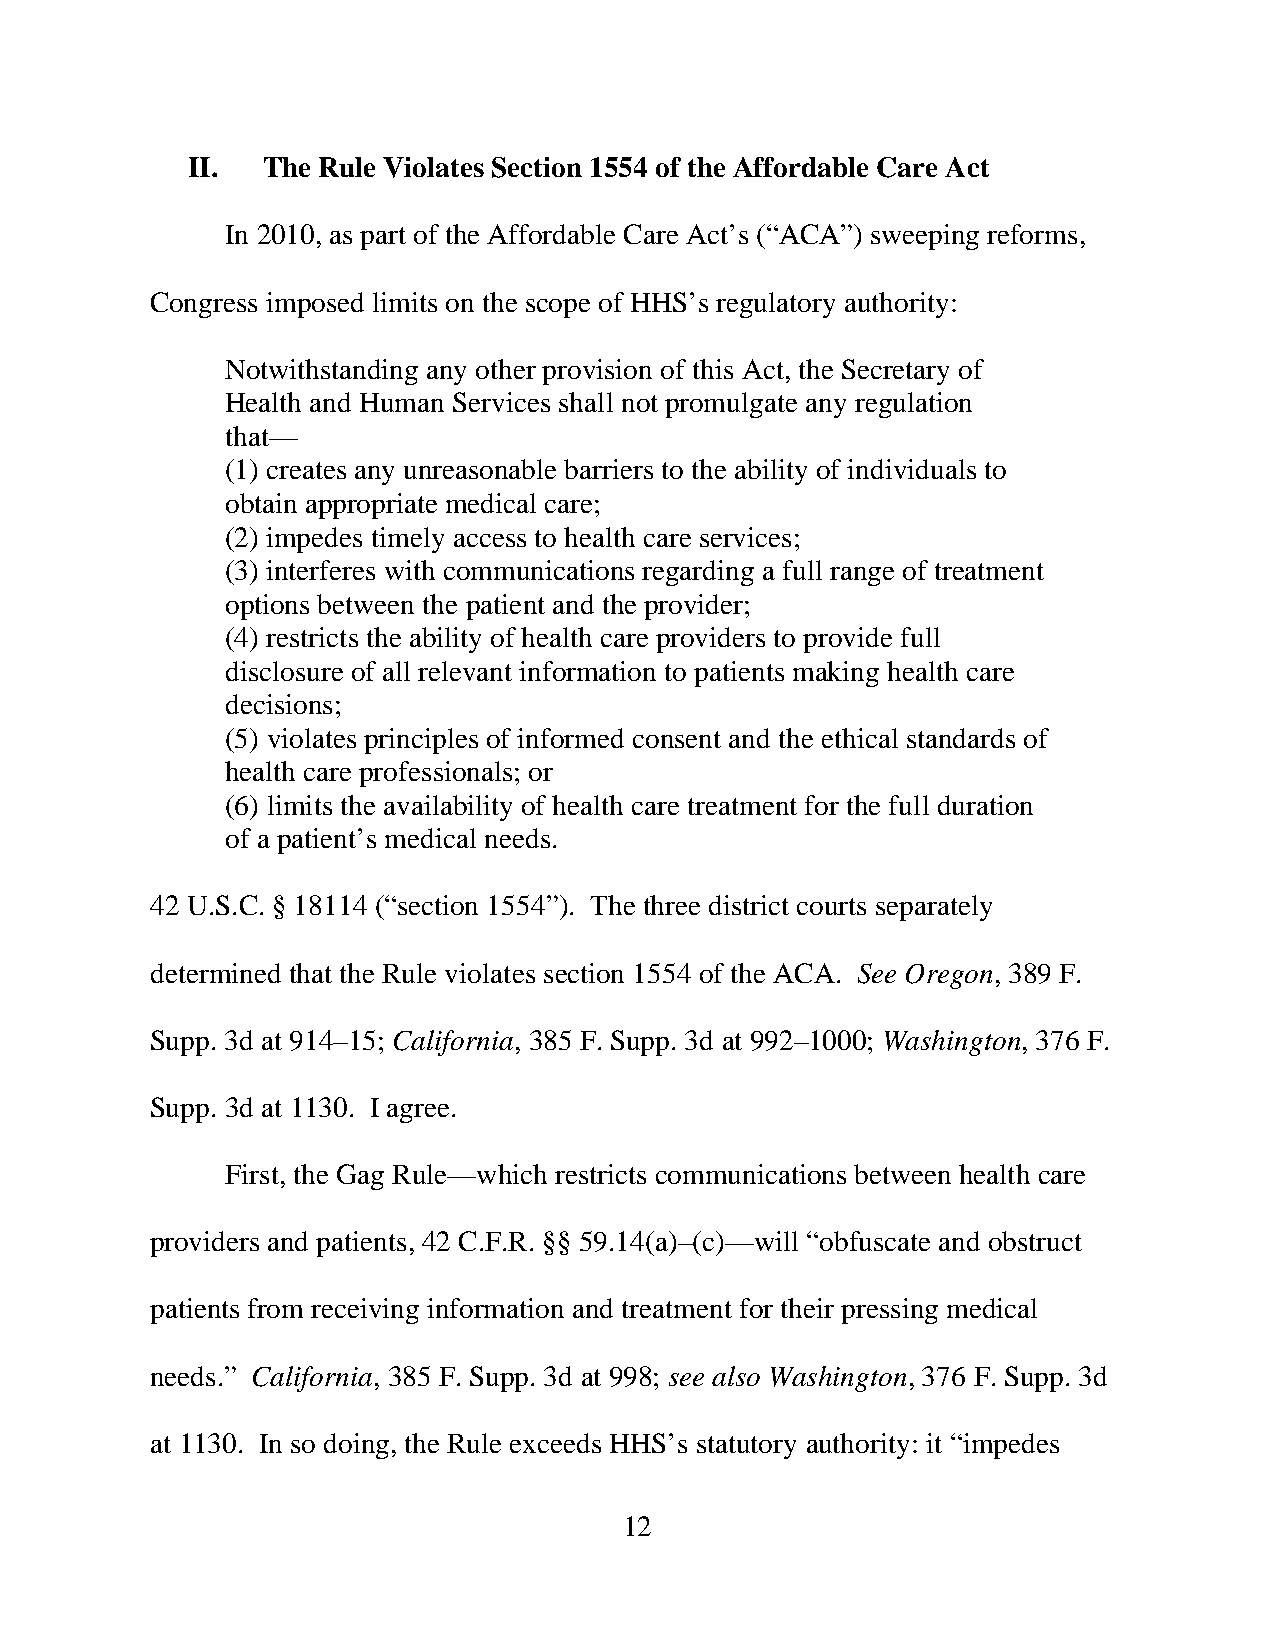
II.  The Rule Violates Section 1554 of the Affordable Care Act
 In 2010, as part of the Affordable Care Act’s (“ACA”) sweeping reforms,
 Congress imposed limits on the scope of HHS’s regulatory authority:
 Notwithstanding any other provision of this Act, the Secretary of
 Health and Human Services shall not promulgate any regulation
 that—
 (1) creates any unreasonable barriers to the ability of individuals to
 obtain appropriate medical care;
 (2) impedes timely access to health care services;
 (3) interferes with communications regarding a full range of treatment
 options between the patient and the provider;
 (4) restricts the ability of health care providers to provide full
 disclosure of all relevant information to patients making health care
 decisions;
 (5) violates principles of informed consent and the ethical standards of
 health care professionals; or
 (6) limits the availability of health care treatment for the full duration
 of a patient’s medical needs.
 42 U.S.C. § 18114 (“section 1554”). The three district courts separately
 determined that the Rule violates section 1554 of the ACA. See Oregon, 389 F.
 Supp. 3d at 914–15; California, 385 F. Supp. 3d at 992–1000; Washington, 376 F.
 Supp. 3d at 1130. I agree.
 First, the Gag Rule—which restricts communications between health care
 providers and patients, 42 C.F.R. §§ 59.14(a)–(c)—will “obfuscate and obstruct
 patients from receiving information and treatment for their pressing medical
 needs.” California, 385 F. Supp. 3d at 998; see also Washington, 376 F. Supp. 3d
 at 1130. In so doing, the Rule exceeds HHS’s statutory authority: it “impedes
 12